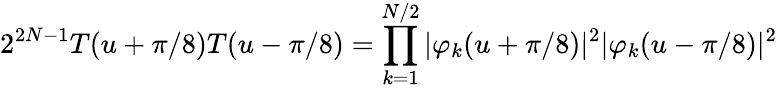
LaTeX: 2^{2N-1}T(u+\pi/8)T(u-\pi/8)=\prod_{k=1}^{N/2}|\varphi_{k}(u+\pi/8)|^{2}|\varphi_{k}(u-\pi/8)|^{2}